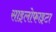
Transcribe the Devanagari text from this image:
साइलोफाइटा